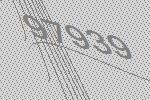
97939